Lunatic asylums in Bengal annual reports 1899-1911 - 1899-1911
Year: 1899
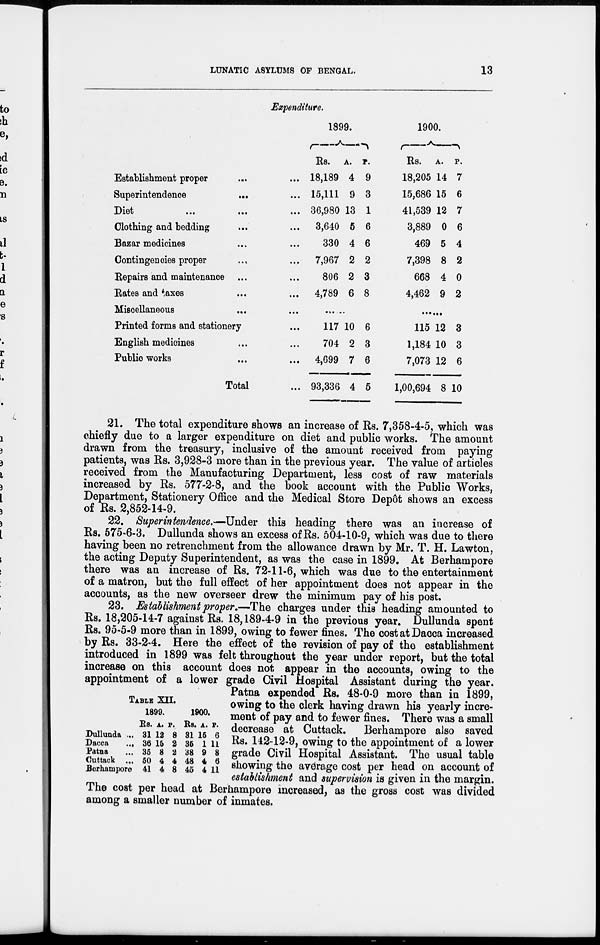
LUNATIC ASYLUMS OF BENGAL.
13
Expenditure.
Establishment proper ... ...
Superintendence
...
...
Diet
...
...
...
Clothing and bedding ... ...
Bazar medicines ... ...
Contingencies proper ... ...
Repairs and maintenance ...
Bates and taxes ... ...
Miscellaneous ... ...
Printed forms and stationery ...
English medicines ... ...
Public works ... ...
Total ...
1899.
Rs.
18,189
15,111
36,980
3,640
330
7,967
806
4,789
A.
4
9
13
5
4
2
2
6
P.
9
3
1
6
6
2
3
8
......
117
704
4,699
93,336
10
0
7
4
6
3
6
5
1900.
Rs.
18,205
15,686
41,539
3,889
469
7,398
668
4,462
A.
14
15
12
0
5
8
4
9
P.
7
6
7
6
4
2
0
2
........
115
1,184
7,073
1,00,694
12
10
12
8
3
3
6
10
21. The total expenditure shows an increase of Rs. 7,358-4-5, which was
chiefly due to a larger expenditure on diet and public works. The amount
drawn from the treasury, inclusive of the amount received from paying
patients, was Rs. 3,928-3 more than in the previous year. The value of articles
received from the Manufacturing Department, less cost of raw materials
increased by Rs. 577-2-8, and the book account with the Public Works,
Department, Stationery Office and the Medical Store Depôt shows an excess
of Rs. 2,852-14-9.
22. Superintendence.—Under this heading there was an increase of
Rs. 575-6-3. Dullunda shows an excess of Rs. 504-10-9, which was due to there
having been no retrenchment from the allowance drawn by Mr. T. H. Lawton,
the acting Deputy Superintendent, as was the case in 1899. At Berhampore
there was an increase of Rs. 72-11-6, which was due to the entertainment
of a matron, but the full effect of her appointment does not appear in the
accounts, as the new overseer drew the minimum pay of his post.
23. Establishment proper.—The charges under this heading amounted to
Rs. 18,205-14-7 against Rs. 18,189-4-9 in the previous year. Dullunda spent
Rs. 95-5-9 more than in 1899, owing to fewer fines. The cost at Dacca increased
by Rs. 33-2-4. Here the effect of the revision of pay of the establishment
introduced in 1899 was felt throughout the year under report, but the total
increase on this account does not appear in the accounts, owing to the
appointment of a lower grade Civil Hospital Assistant during the year.
Patna expended Rs. 48-0-9 more than in 1899,
owing to the clerk having drawn his yearly incre-
ment of pay and to fewer fines. There was a small
decrease at Cuttack. Berhampore also saved
Rs. 142-12-9, owing to the appointment of a lower
grade Civil Hospital Assistant. The usual table
showing the average cost per head on account of
establishment and supervision is given in the margin.
The cost per head at Berhampore increased, as the gross cost was divided
among a smaller number of inmates.
TABLE XII.
Dullunda ...
Dacca
...
Patna ...
Cuttack ...
Berhampore
1899.
Rs.
31
36
35
50
41
A.
12
15
8
4
4
P.
8
2
2
4
8
1900.
Rs.
31
35
38
48
45
A.
15
1
9
4
4
P.
6
11
8
6
11